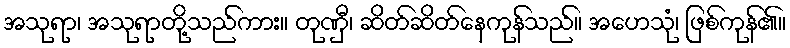
အသုရာ၊ အသုရာတို့သည်ကား။ တုဏှီ၊ ဆိတ်ဆိတ်နေကုန်သည်။ အဟေသုံ၊ ဖြစ်ကုန်၏။